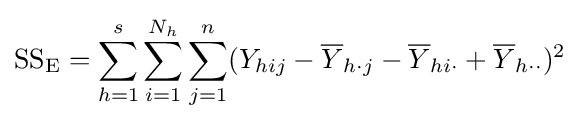
{\text{SS}}_{\text{E}}=\sum _{h=1}^{s}\sum _{i=1}^{N_{h}}\sum _{j=1}^{n}(Y_{hij}-{\overline {Y}}_{h\cdot j}-{\overline {Y}}_{hi\cdot }+{\overline {Y}}_{h\cdot \cdot })^{2}